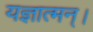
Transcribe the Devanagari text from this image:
यज्ञात्मन्‌।